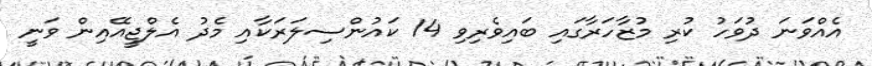
އެއްވަނަ ދުވަހު ކުރި މުޒާހަރާގައި ބައިވެރިވި 14 ކައުންސިލަރަކާއި މެދު އެލްޖީއޭއިން ވަނީ